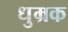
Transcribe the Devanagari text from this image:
धुम्रक